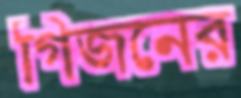
গিজনের